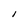
Character: I